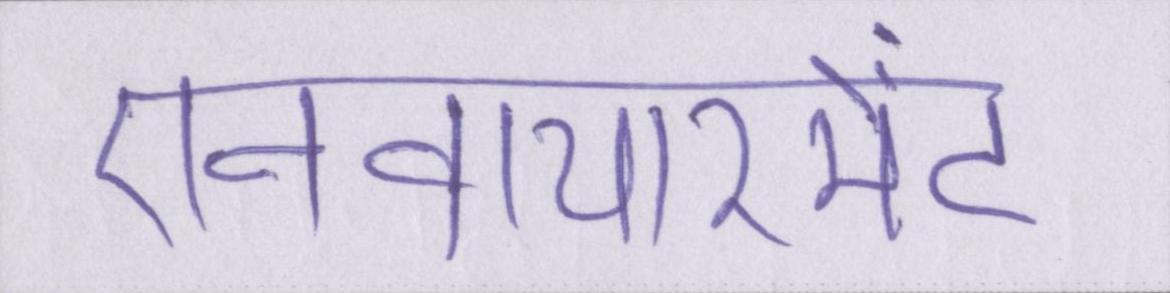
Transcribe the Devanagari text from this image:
एनवायरमेंट